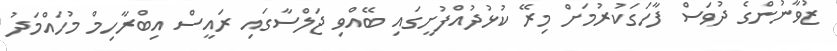
ޒުވާނުންގެ ދުވަސް ފާހަގަކުރުމަށް މިރޭ ކުޅުދުއްފުށީގައި ބޭއްވި ޖަލްސާގައި ރައީސް އިބްރާހިމް މުހައްމަދު